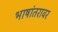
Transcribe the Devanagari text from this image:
भाषांतरावर